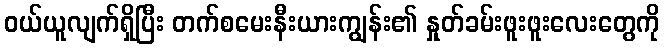
ဝယ်ယူလျက်ရှိပြီး တက်စမေးနီးယားကျွန်း၏ နှုတ်ခမ်းဖူးဖူးလေးတွေကို